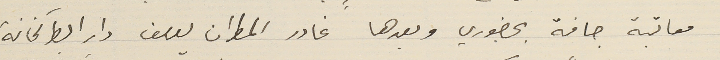
معاتبة جافة بحضوري وبعدها غادر المطران يوسف دار البطركخانة